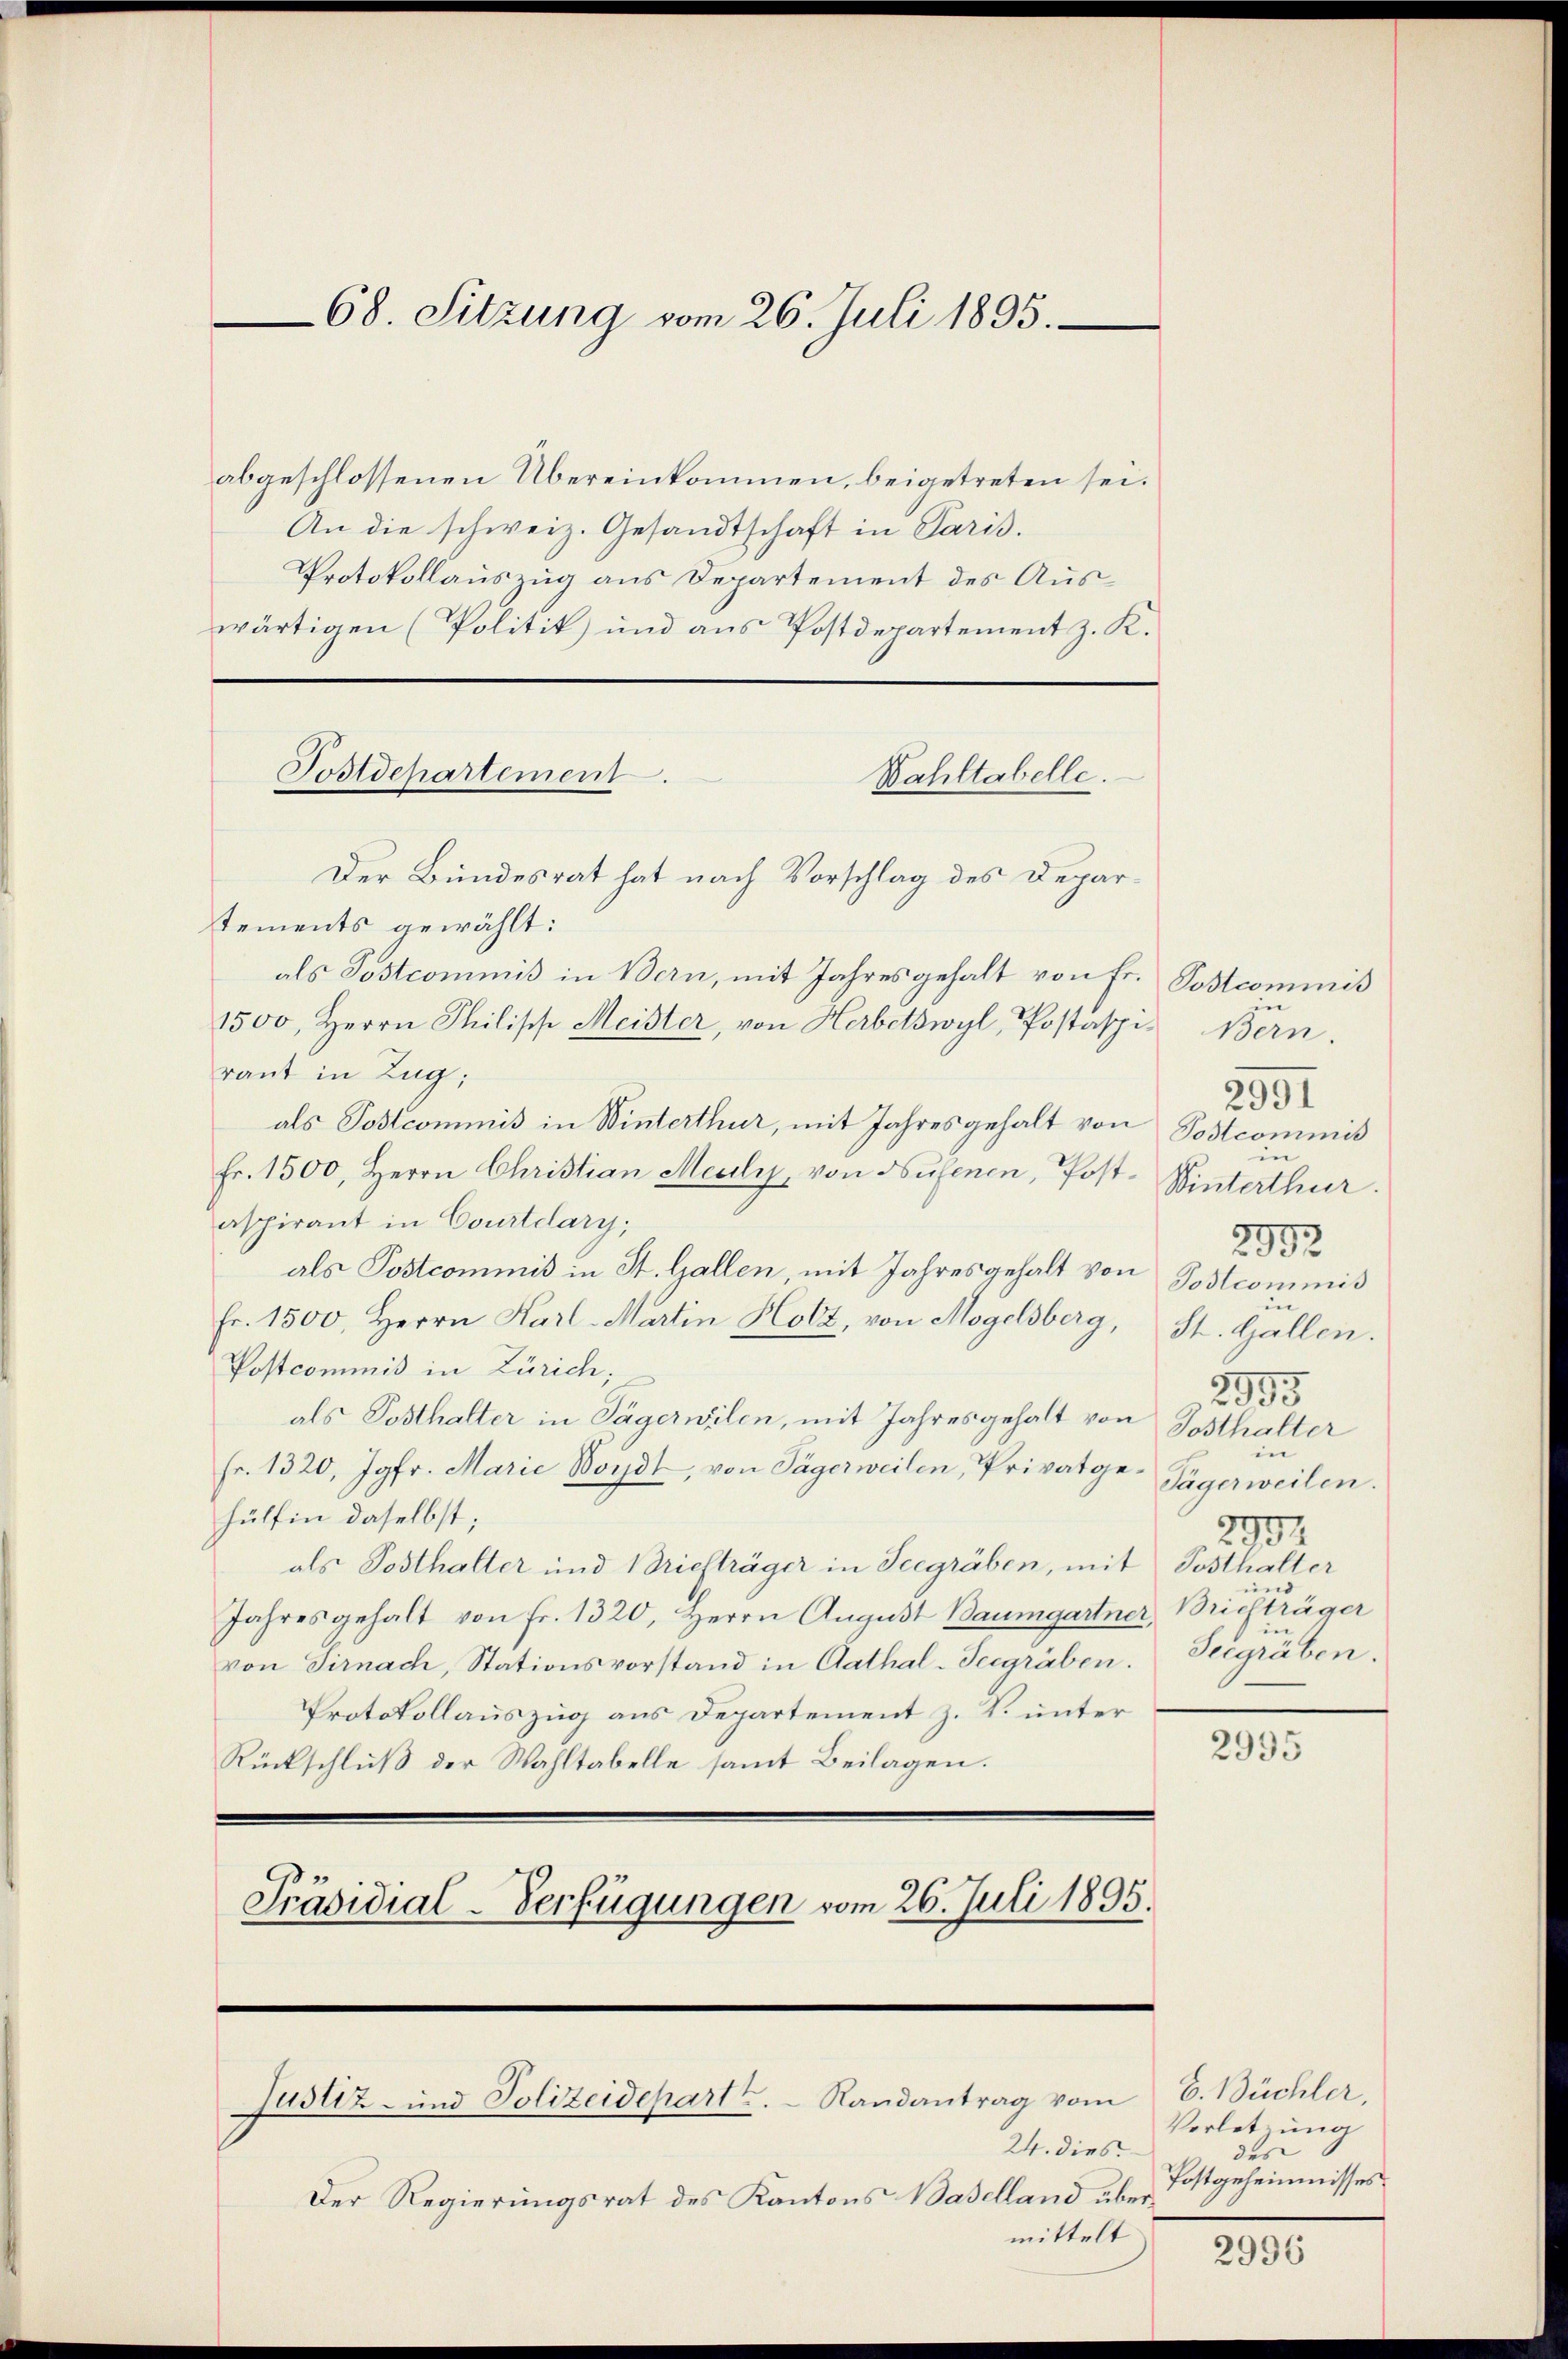
68. Sitzung vom 26. Juli 1895.

abgeschlossenen Übereinkommen, beigetreten sei.
An die schweiz. Gesandtschaft in Paris.
Protokollauszug aus Departement des Auswärtigen (Politik) und aus Postdepartement z. K.
Bahltabelle.
Der Bundesrat hat nach Vorschlag des Departements gewählt:
als Postcommis in Bern, mit Jahresgehalt von Fr.
1500, Herrn Philisch Meister, von Herbetswyl, Postasp. Bern.
raut in Zug;
als Postcommis in Winterthur, mit Jahresgehalt von
Fr. 1500, Herrn Christian Meili, von Hufenen, Postaspirant in Courtdary,
als Postcommis in St. Gallen, mit Jahresgehalt von
Fr. 1500, Herrn Harl-Martin Holz, von Mogelsberg,
Postcommis in Zürich;
als Posthalter in Tägerwilen, mit Jahresgehalt von
Fr. 1320, Jgfr. Marie Boydt, von Tägerweilen, Privatgehülfen daselbst;
als Posthalter und Briefträger in Seegräben, mit
Jahresgehalt von fr. 1320, Herrn August Baumgartner, Briefträger
von Sirnach, Stationsvorstand in Aathal-Seegräben.
Protokollauszug aus Departement z. B. unter
Rückschluß der Wahltabelle samt Beilagen.
Präsidial-Verfügungen vom 26. Juli 1895.

Fostdepartement.

Justiz- und Polizeidepart z. Randantrag vom

24. dies
Der Regierungsrat des Kantons Baselland übermittelt

Postcommis
2991
Postcommis
in
Winterthur.
2992
Postcommis
in |
St. Gallen.
2955
Tosthalter
in |
Tägerweilen.
290
Posthalter
und
Seegräben.

2995

H. Büchler,
Verletzung
des
Postgeheimnisses.

2996